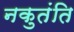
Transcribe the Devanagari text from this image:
नकुतंति